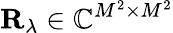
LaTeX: \mathbf{R_{\lambda}}\in\mathbb{C}^{M^{2}\times M^{2}}